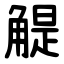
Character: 䚣